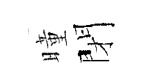
曈閉